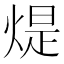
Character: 煶